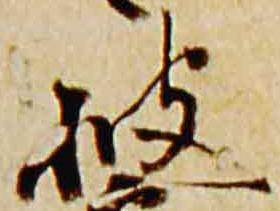
披